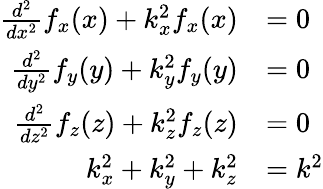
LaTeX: {\begin{array}{rl}{{\frac{d^{2}}{dx^{2}}}f_{x}(x)+k_{x}^{2}f_{x}(x)}&{=0}\\ {{\frac{d^{2}}{dy^{2}}}f_{y}(y)+k_{y}^{2}f_{y}(y)}&{=0}\\ {{\frac{d^{2}}{dz^{2}}}f_{z}(z)+k_{z}^{2}f_{z}(z)}&{=0}\\ {k_{x}^{2}+k_{y}^{2}+k_{z}^{2}}&{=k^{2}}\end{array}}